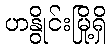
ဟနွိုင်းမြို့ရှိ